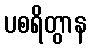
ပစရိတွာန